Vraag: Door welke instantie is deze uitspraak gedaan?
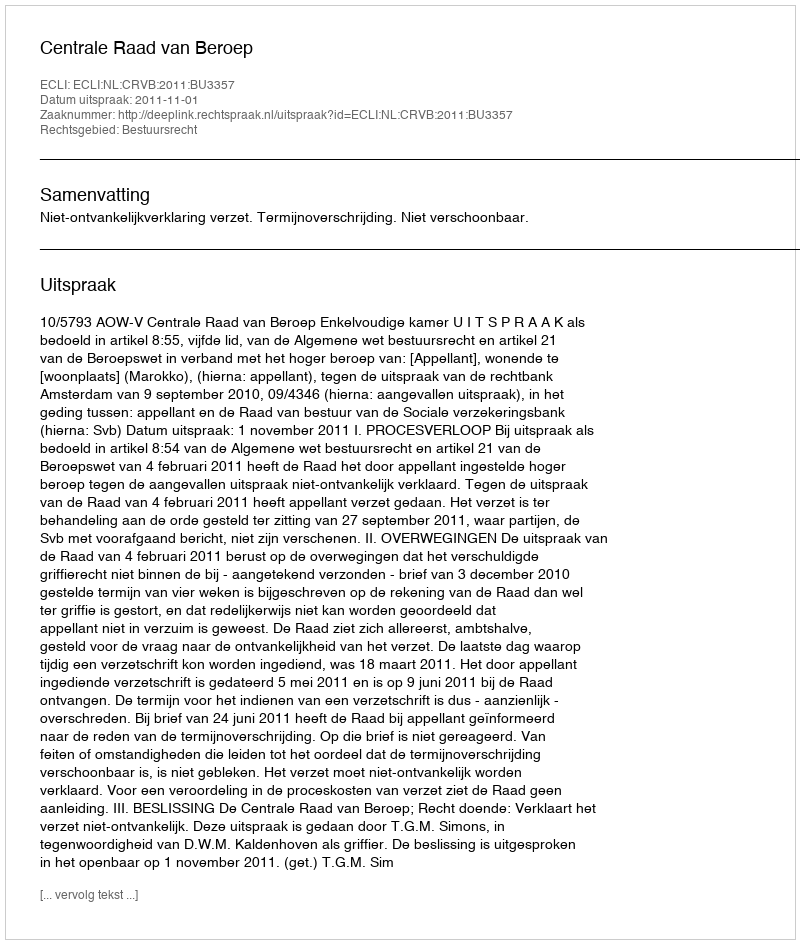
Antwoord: Centrale Raad van Beroep